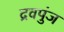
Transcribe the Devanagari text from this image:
द्रवपुंज